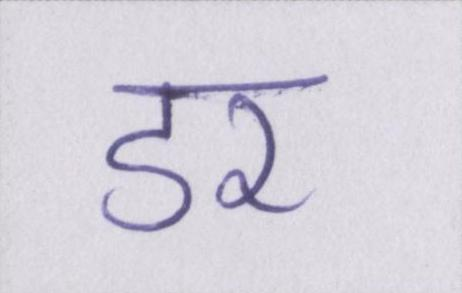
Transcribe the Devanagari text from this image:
डर